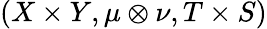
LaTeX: (X\times Y,\mu\otimes\nu,T\times S)